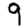
Digit: 9